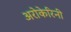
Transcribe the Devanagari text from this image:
अरोकेरिनी